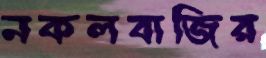
নকলবাজির